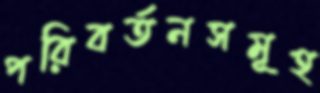
পরিবর্তনসমূহ